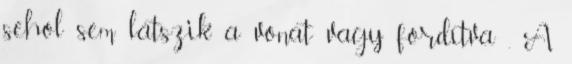
sehol sem látszik a vonat vagy fordítva . A